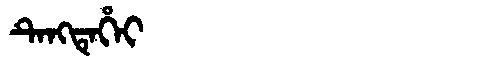
Manchu: ᡨᡝᠩᡨᡝᡥᡝᡳ
Romanization: TENGTEHEI